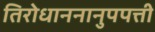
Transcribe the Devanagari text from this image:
तिरोधाननानुपपत्ती